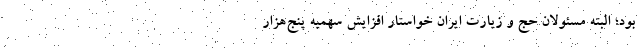
بود؛ البته مسئولان حج و زیارت ایران خواستار افزایش سهمیه پنج‌هزار